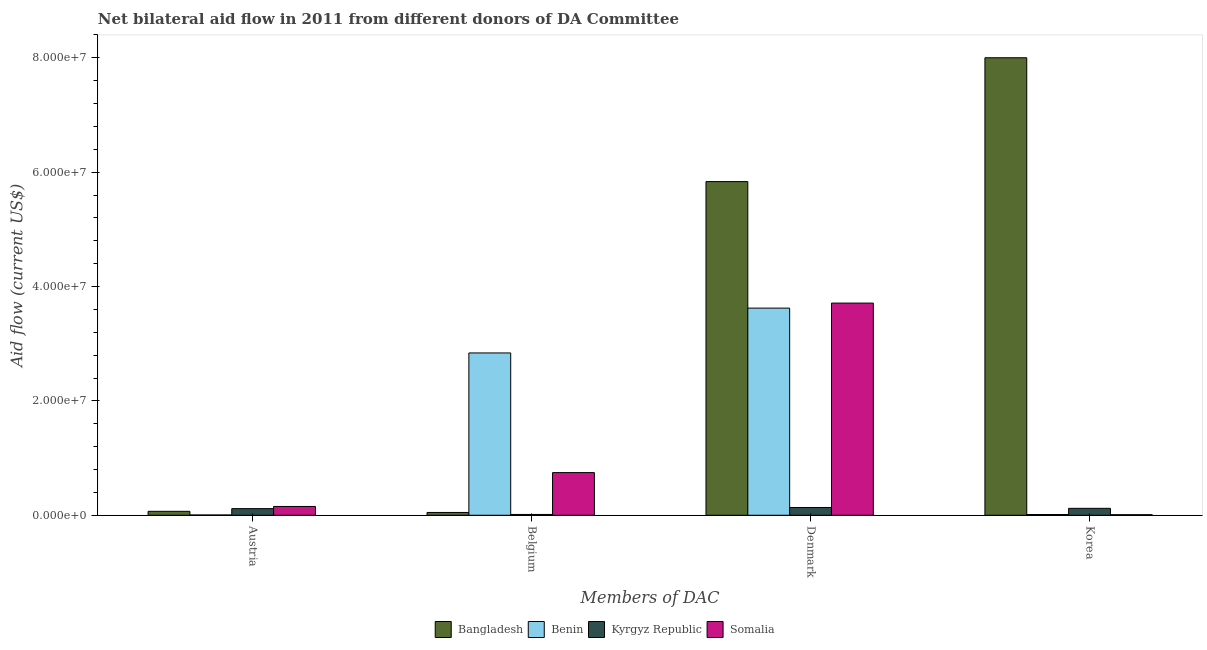
| Members of DAC | Bangladesh | Benin | Kyrgyz Republic | Somalia |
 | --- | --- | --- | --- | --- |
 | Austria | 6.9e+05 | 5e+04 | 1.16e+06 | 1.54e+06 |
 | Belgium | 4.9e+05 | 2.84e+07 | 1.4e+05 | 7.46e+06 |
 | Denmark | 5.84e+07 | 3.62e+07 | 1.36e+06 | 3.71e+07 |
 | Korea | 8e+07 | 1.3e+05 | 1.21e+06 | 1e+05 |